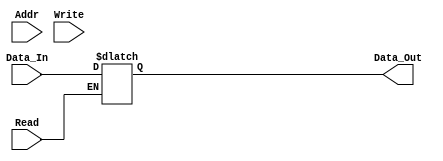
`timescale 1ns / 1ps
//////////////////////////////////////////////////////////////////////////////////
// Module Name: Memory_16bAddr
// ECE425L LAB #4 Problem 1
// Purpose: Behavior Module to simulate memory for 16 address access
//          Will give read/write access to memory
//          16b x 2^15 
//          Will be used for shared instruction and data memory for Data Flow
//          Credits: http://www.asic-world.com/verilog/memory_fsm1.html

//          Paramaters: 
//              Inputs:
//                      Addr: indexing address 
//                      Write: Write Signal-> will write to memory if 1
//                      Data_In: Data to be written into my_memory[Addr]
//              Outputs:
//                      Data_Out: horizontal line of datas
//              NOTE:
//                      I believe that when a write is enabled, the output Data_Out
//                      Will still hold the previous value
//////////////////////////////////////////////////////////////////////////////////

// (Data I/O Address[16b], Write to memory if 1[1b], Data to write[16b], Data to read[16b])                  
module Memory_16bAddr(Addr,Read,Write,Data_In,Data_Out);
    input [15:0] Addr;
    input Read;
    input Write;
    input [15:0] Data_In;
    output [15:0] Data_Out;
    reg [15:0] Data_Out;
    reg [15:0] my_memory [0:63]; // Memory Width: 16bits, Memory Depth: 0 to 2^15-1?
    
    parameter [15:0] D0 = 0; 
    parameter [15:0] D1 = 0;
    parameter [15:0] D2 = 0;
    
    initial
        begin
            my_memory[0] = D0;
            my_memory[1] = D1;
            my_memory[2] = D2; 
        end
    
    // Read/Write Memory depending on Write value
    // Write: 1 -> Write into memory && Read memory at Addr
    // Write: 0 -> Read memory at Addr
    always @* 
    begin 
        // Write Data
        if(Write)
            begin
            my_memory [Addr] = Data_In;
            end
        // Read Data
        if(Read)
            begin
            // Read Value From Memory
            Data_Out = my_memory [Addr];
            end
    end
    
    
endmodule